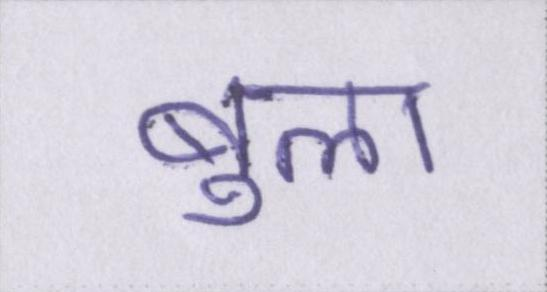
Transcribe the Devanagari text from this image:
बुला